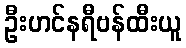
ဦးဟင်နရီဗန်ထီးယူ